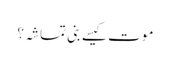
موت کیسے بنی تماشہ؟